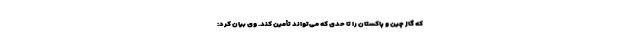
که گاز چین و پاکستان را تا حدی که می‌تواند تأمین کند. وی بیان کرد: